Annual report on the lock hospitals of the Madras Presidency
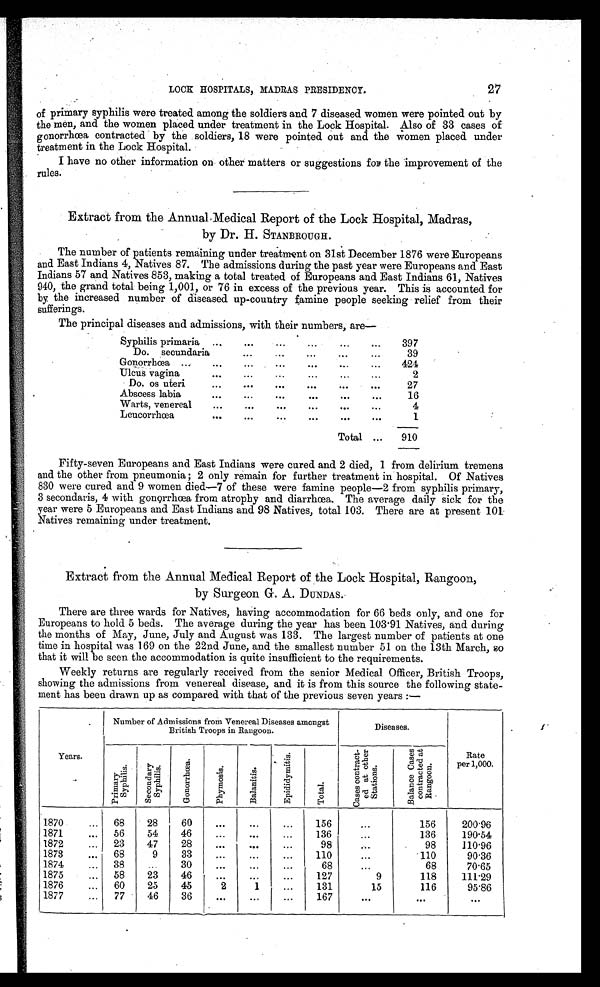
LOCK HOSPITALS, MADRAS PRESIDENCY.
27
of primary syphilis were treated among the soldiers and 7 diseased women were pointed out by
the men, and the women placed under treatment in the Lock Hospital. Also of 33 cases of
gonorrhœa contracted by the soldiers, 18 were pointed out and the women placed under
treatment in the Lock Hospital.
I have no other information on other matters or suggestions for the improvement of the
rules.
Extract from the Annual Medical Report of the Lock Hospital, Madras,
by Dr. H. STANBROUGH.
The number of patients remaining under treatments on 31st December 1876 were Europeans
and East Indians 4, Natives 87. The admissions during the past year were Europeans and East
Indians 57 and Natives 853, making a total treated of Europeans and East Indians 61, Natives
940, the grand total being 1,001, or 76 in excess of the previous year. This is accounted for
by the increased number of diseased up-country famine people seeking relief from their
sufferings.
The principal diseases and admissions, with their numbers, are—
Syphilis primaria ...
....
...
...
...
397
Do. secundaria...
. . .
...
...
...
39
Gonorrhœa ...
...
...
...
...
...
...
424
Ulcus vagina
...
...
...
...
...
...
2
Do. os uteri
...
...
...
...
. . .
27
Abscess labia
...
...
...
...
...
. . .
16
Warts, venereal
...
...
...
...
. . .
...
4
Leucorrhœa
...
...
...
...
. . .
. . .
1
Total ...
910
Fifty-seven Europeans and East Indians were cured and 2 died, 1 from delirium tremens
and the other from pneumonia; 2 only remain for further treatment in hospital. Of Natives
830 were cured and 9 women died—7 of these were famine people—2 from syphilis primary,
3 secondaris, 4 with gonorrhœa from atrophy and diarrhœa. The average daily sick for the
year were 5 Europeans and East Indians and 98 Natives, total 103. There are at present 101.
Natives remaining under treatment.
Extract from the Annual Medical Report of the Lock Hospital, Rangoon,
by Surgeon G. A. DUNDAS.
There are three wards for Natives, having accommodation for 66 beds only, and one for
Europeans to hold 5 beds. The average during the year has been 103.91 Natives, and during
the months of May, June, July and August was 133. The largest number of patients at one
time in hospital was 169 on the 22nd June, and the smallest number 51 on the 13th March, so
that it will be seen the accommodation is quite insufficient to the requirements.
Weekly returns are regularly received from the senior Medical Officer, British Troops,
showing the admissions from venereal disease, and it is from this source the following state-
ment has been drawn up as compared with that of the previous seven years:—
Years.
Number of Admissions from Venereal Diseases amongst
British Troops in Rangoon.
Diseases.
Rate
per 1,000.
Pr i ma r y S y p h i l i s .
Se c onda r y Syphi l i s .
G o n o r r h œ a .
Phymos i s .
Ba l a n i t i s .
E p i d i d y mi t i s .
Tot al .
C a s e s c o n t r a c t - e d a t o t h e r S t a t i o n s .
B a l a n c e C a s e s c o n t r a c t e d a t R a n g o o n .
1870
...
68
28
60
. . .
. . .
...
156
...
156
200.96
1871
...
56
54
46
...
. . .
...
136
...
136
190.54
1872
...
23
47
28
. . .
. . .
...
98
...
98
110.96
1873
...
68
9
33
...
...
...
110
...
110
90.36
1874
...
38
...
30
...
...
68
...
68
70.65
1875
...
58
23
46
...
...
...
127
9
118
111.29
1876
...
60
25
45
2
1
...
131
15
116
95.86
1877
...
77
46
36
. . .
...
. . .
167
. . .
. . .
...